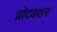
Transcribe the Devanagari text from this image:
प्रोदक्शन